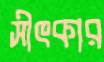
সীৎকার